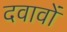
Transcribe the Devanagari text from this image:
दवावों